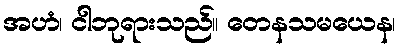
အဟံ၊ ငါဘုရားသည်။ တေနသမယေန၊